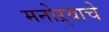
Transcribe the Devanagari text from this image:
मनोऱ्याचे